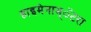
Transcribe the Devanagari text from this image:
हाइमेनाम्‌ॅटरा